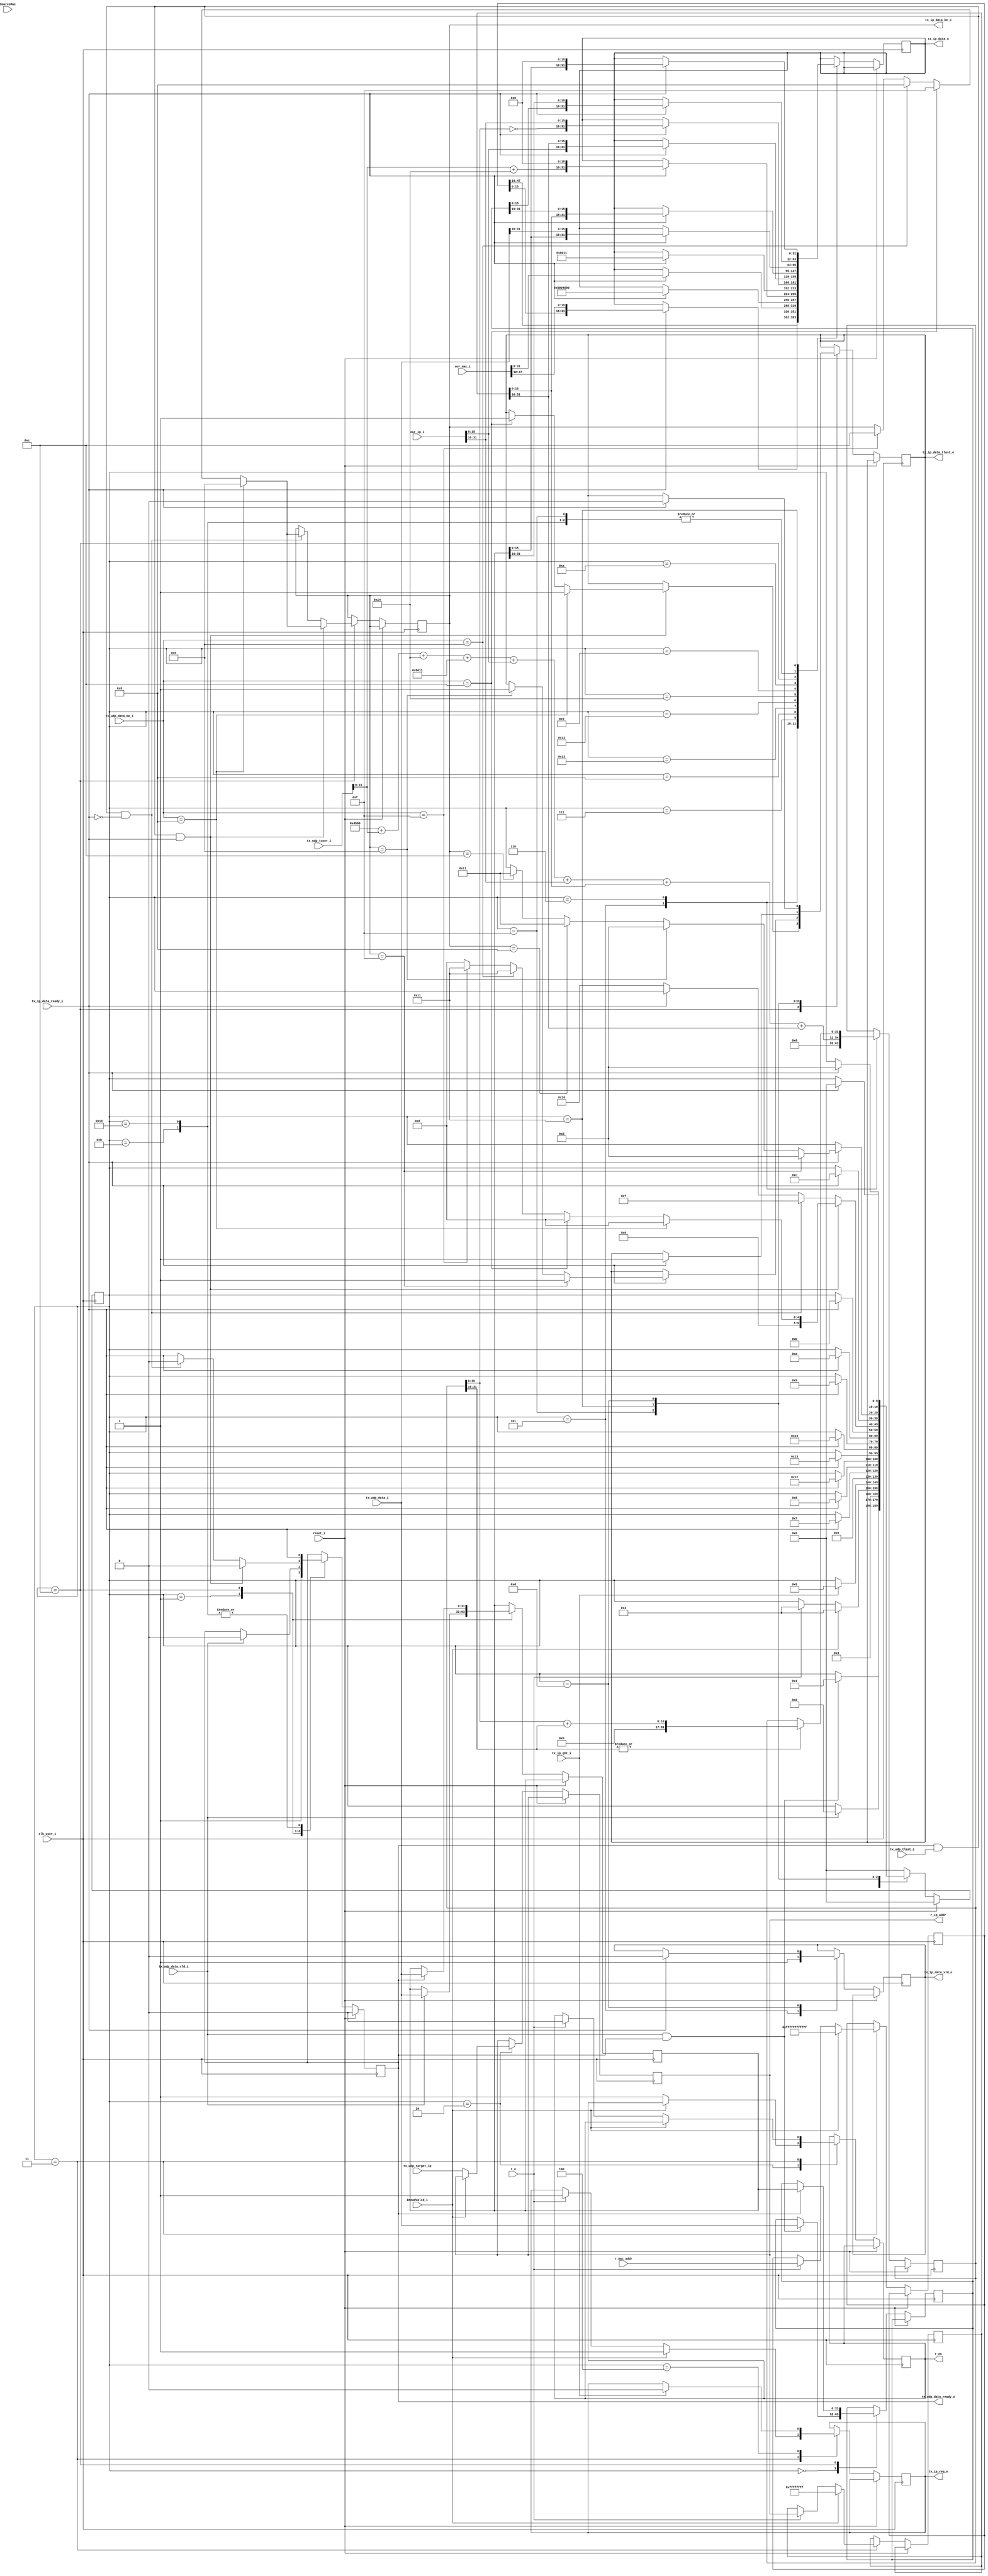
module IPv4_Send(
//system signals
input		reset_i,
input		clk_user_i,

//ip tx to arbiter
output	reg		tx_ip_req_o ='b0		,//
input			tx_ip_gnt_i		,//Ӧ
output	reg		tx_ip_data_vld_o='b0	,
input			tx_ip_data_ready_i	,
output	reg 	[31:0]	tx_ip_data_o='b0		,
output	reg	[3:0]	tx_ip_data_be_o='b0		,
output	reg		tx_ip_data_tlast_o='b0	,

//udp tx to ip
//ԴҪУIPַ
input		tx_udp_data_vld_i	,
output	reg	tx_udp_data_ready_o	,
input	[31:0]	tx_udp_data_i		,
input	[31:0]	tx_udp_tuser_i		,
input	[3:0]	tx_udp_data_be_i	,
input		tx_udp_tlast_i		,
input	[31:0]	tx_udp_target_ip	,

input	[47:0]	SourceMac		,
input		BroadValid_i		,

//ź
input	[47:0]	our_mac_i,
input	[31:0]	our_ip_i,

//ip to ARP lookup table
output   reg               r_en                ,
output  reg[31:0]      	r_ip_addr           ,
input    [47:0]      	r_mac_addr          ,
input	 		r_e //ǰֵЧź

);
reg	r_en_R= 'b0;
reg	[9:0]	IpSendState= 'b0;
reg	[31:0]	tx_udp_data_R= 'b0;
reg	[47:0]	target_mac= 'b0;
reg	[31:0]	target_ip= 'b0;
reg	[31:0] DataR0='h0, DataR1, IpCheckSum='h0;

always@(posedge clk_user_i )
	if(reset_i)
		begin
		IpSendState <= 'd0;
		tx_udp_data_ready_o <= 'd0;
		end
	else
		begin
		r_en_R <= r_en;
		case(IpSendState)	
		'd0:
			begin	//get first udp data
			tx_udp_data_ready_o <= 1'b1;
			if(tx_udp_data_vld_i && tx_udp_data_ready_o)	
			begin
				DataR0 <= tx_udp_data_i;
				IpSendState <= 'd1;
			end
		end
		'd1: begin		//get second udp data
			if(tx_udp_data_vld_i)	
			begin
				DataR1 <= tx_udp_data_i;
				IpSendState <= 'd2;
				tx_udp_data_ready_o <= 1'b0;
			end
		end
		'd2: begin
			if(!BroadValid_i) begin
				r_en    <= 1; 
				r_ip_addr <=  tx_udp_target_ip;
			end
				IpSendState <= 'd3;
				//һݣ
				//mac_cache󣬼⵱ǰipַǷmac_cache
		end
			
		'd3: begin
			if(!BroadValid_i) begin
				if(r_e==1)	
					begin
					r_en    <= 0; 
					tx_ip_req_o <= 1'b1;
					target_mac <= r_mac_addr;
					target_ip <=  r_ip_addr;
					IpSendState <= 'd4;			//test only. do not buffer arp
					end
			end
			else begin
				tx_ip_req_o <= 1'b1;
				target_mac <= 48'hffff_ffff_ffff; //SourceMac;
				target_ip <=  32'hffff_ffff; //tx_udp_target_ip;
				IpSendState <= 'd4;			//test only. do not buffer arp
			end
		end	
		'd4: begin
			if(tx_ip_gnt_i==1)
				begin
				tx_ip_req_o <= 1'b0;	
				IpSendState <= 'd5;
			end
		end
		'd5: begin	//first DW
				tx_ip_data_vld_o <= 1'b1;
				tx_ip_data_o <= target_mac[16+:32];
				IpSendState <= 'd6;
				IpCheckSum<=16'h4500+tx_udp_tuser_i[0+:16]+16'd20+16'h8011+our_ip_i[0+:16]+our_ip_i[16+:16]+target_ip[0+:16]+target_ip[16+:16];//16'h40 is IP total Length
			end
		'd6:		
			begin	//second DW
			if(tx_ip_data_ready_i == 1)
				begin
				tx_ip_data_o <= {target_mac[0+:16],our_mac_i[32+:16]};
				IpSendState <= 'd7;	
				end
			if( |IpCheckSum[16+:16] == 1'b1)
				IpCheckSum<=IpCheckSum[0+:16]+IpCheckSum[16+:16];
			end
		
		'd7:
		begin	//third DW
			if(tx_ip_data_ready_i == 1)
				begin
				tx_ip_data_o <= {our_mac_i[0+:32]};
				IpSendState <= 'd8;	
				//tx_udp_data_ready_o <= 1'b1;
				end
				
			end
		'd8:
			begin	//fourth DW
			if(tx_ip_data_ready_i == 1)
				begin
				tx_ip_data_o <= {16'h0800,16'h4500};
				IpSendState <= 'd18;	
				end
			end
		'd18:
			begin	//5th DW
			if(tx_ip_data_ready_i == 1)
				begin
				tx_ip_data_o <= {tx_udp_tuser_i[0+:16]+'d20,16'h0};
				IpSendState <= 'd19;	
				end	
			end
		'd19:
			begin	//6th DW
			if(tx_ip_data_ready_i == 1)
				begin
				tx_ip_data_o <= 32'h0000_8011;
				IpSendState <= 'd20;	
				end	
				end
		
		'd20:
		begin		//7th DW
			if(tx_ip_data_ready_i == 1)
				begin
				tx_ip_data_o <= {~IpCheckSum[0+:16],our_ip_i[16+:16]};
				IpSendState <= 'd9;	
				end	
		end
		'd9:
		begin		//8th DW
			if(tx_ip_data_ready_i == 1)
				begin
				tx_ip_data_o <= {our_ip_i[0+:16],target_ip[16+:16]};
				IpSendState <= 'd10;	
				end	
		end
		'd10:
		begin		//9th DW + user data
		if(tx_ip_data_ready_i == 1)
			begin
				begin
				tx_ip_data_o <= {target_ip[0+:16],DataR0[16+:16]}; 
				IpSendState <= 'd11;	
				end
			end		
		end
		'd11:
		begin
			tx_udp_data_ready_o <= tx_ip_data_ready_i;
			if(tx_ip_data_ready_i == 1) begin
				tx_ip_data_o <= {DataR0[0+:16], DataR1[16+:16]}; 
				IpSendState <= 'd12;	
			end
		end
		'd12: begin
			tx_udp_data_ready_o <= tx_ip_data_ready_i;
			if(tx_udp_data_ready_o) begin 
				DataR1<=tx_udp_data_i;
				DataR0<=DataR1;
			end
			//if(!tx_ip_data_ready_i) begin
			//	DataR0<=tx_udp_data_i;
			//end
			if(tx_ip_data_ready_i) begin
				tx_ip_data_o <= {DataR1[0+:16], tx_udp_data_i[16+:16]}; 
			end
			if(tx_udp_data_ready_o && tx_udp_tlast_i && tx_ip_data_ready_i) begin
				IpSendState <= 'd13; tx_udp_data_ready_o<=1'b0; 
				if(tx_udp_data_be_i==4'h8) begin	//only one byte. must plus 2 left bytes.
					tx_ip_data_be_o <= 4'he; tx_ip_data_tlast_o<=1'b1;
				end
				else if(tx_udp_data_be_i==4'hc) begin	//only two byte. must plus 2 left bytes.
					tx_ip_data_be_o <= 4'hf; tx_ip_data_tlast_o<=1'b1;
				end
				else if(tx_udp_data_be_i==4'he) begin	//only three byte. must plus 2 left bytes.
					tx_ip_data_be_o <= 4'h8;
					IpSendState <= 'd17;	
				end
				else if(tx_udp_data_be_i==4'hf) begin	//only four byte. must plus 2 left bytes.
					tx_ip_data_be_o <= 4'hc;
					IpSendState <= 'd17;	
				end
			end
			else if(tx_udp_data_ready_o && tx_udp_tlast_i && !tx_ip_data_ready_i) begin
				IpSendState <= 'd15; tx_udp_data_ready_o<=1'b0;
				if(tx_udp_data_be_i==4'h8) begin	//only one byte. must plus 2 left bytes.
					tx_ip_data_be_o <= 4'he; 
				end
				else if(tx_udp_data_be_i==4'hc) begin	//only two byte. must plus 2 left bytes.
					tx_ip_data_be_o <= 4'hf;
				end
				else if(tx_udp_data_be_i==4'he) begin	//only three byte. must plus 2 left bytes.
					tx_ip_data_be_o <= 4'h8;
				end
				else if(tx_udp_data_be_i==4'hf) begin	//only three byte. must plus 2 left bytes.
					tx_ip_data_be_o <= 4'hc;
				end
			end
			else if(!tx_ip_data_ready_i) begin
				IpSendState <= 'd16; 
			end
		end
		'd16: begin	//wait ip read assert again
			tx_udp_data_ready_o <= tx_ip_data_ready_i;
			if(tx_ip_data_ready_i) begin
				tx_ip_data_o <= {DataR0[0+:16], DataR1[16+:16]}; 
				IpSendState <= 'd12; 
			end
		end
		'd15: begin	//gen last for non-continous case
			if(tx_ip_data_ready_i) begin
				tx_ip_data_o <= {DataR0[0+:16], DataR1[16+:16]}; 
				if(tx_ip_data_be_o==4'hf) begin	//only one byte. must plus 2 left bytes.
					tx_ip_data_tlast_o<=1'b1;
					IpSendState <= 'd13; 
				end
				else if(tx_ip_data_be_o==4'he) begin	//only two byte. must plus 2 left bytes.
					tx_ip_data_tlast_o<=1'b1;
					IpSendState <= 'd13; 
				end
				else if(tx_ip_data_be_o==4'h8) begin	//only three byte. must plus 2 left bytes.
					IpSendState <= 'd17; 
				end
				else if(tx_ip_data_be_o==4'hc) begin	//only three byte. must plus 2 left bytes.
					IpSendState <= 'd17; 
				end
			end
		end
		'd17: begin	//last 2 bytes
			if(tx_ip_data_ready_i) begin
				tx_ip_data_o <= {DataR1[0+:16], 16'h0}; 
				tx_ip_data_tlast_o<=1'b1; 
				IpSendState <= 'd13; 
			end
		end
		'd13: begin
			if(tx_ip_data_ready_i) begin
				tx_ip_data_tlast_o<=1'b0; tx_ip_data_vld_o<=1'b0; 
				IpSendState <= 'd0; 
			end
		end
		default:IpSendState <= 'd0;	
	endcase	
end

endmodule